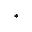
^ *